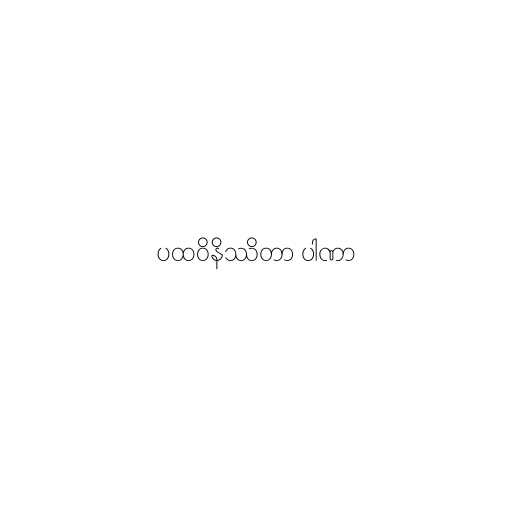
ပထဝိနိဿိတာ ပါဏာ